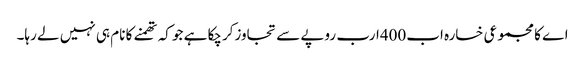
اے کا مجموعی خسارہ اب400ارب روپے سے تجاوزکرچکا ہے جو کہ تھمنے کا نام ہی نہیں لے رہا۔